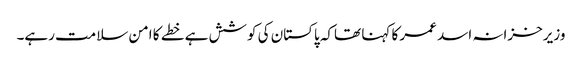
وزیرخزانہ اسد عمر کا کہنا تھاکہ پاکستان کی کوشش ہے خطے کا امن سلامت رہے۔